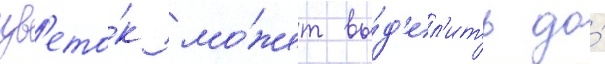
цв'ето́к мо́жет вы́д'ел'ить до́